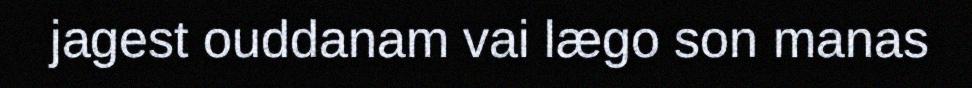
jagest ouddanam vai lægo son manas